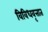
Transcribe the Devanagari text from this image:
विविधवृत्तात